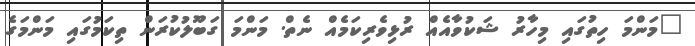
"މަންމަ ހިތުގައި މިހާރު ޝަކުވާއެއް ރުޅިވެރިކަމެއް ނެތް. މަންމަ ގަބޫލުކުރަން ތިކަމުގައި މަންމަގެ